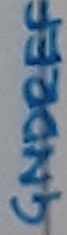
Text: GNDREF